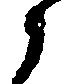
之